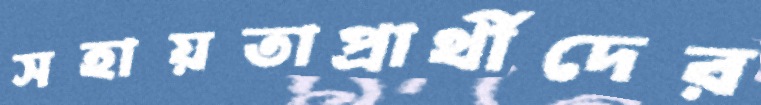
সহায়তাপ্রার্থীদের